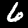
Label: 6